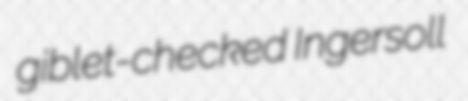
giblet-checked Ingersoll